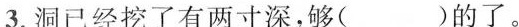
3.洞已经挖了有两寸深，够( )的了。